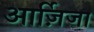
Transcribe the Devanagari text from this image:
आर्ज़िजा